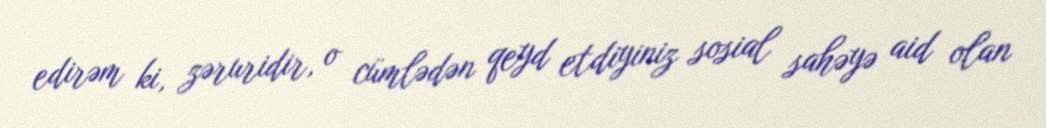
edirəm ki, zəruridir, o cümlədən qeyd etdiyiniz sosial sahəyə aid olan